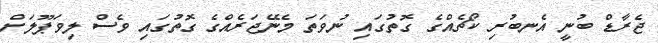
ޖެރާޑް ބުނީ އެނބުރި ކޯޗެއްގެ ގޮތުގައި ނުވަތަ މެނޭޖަރެއްގެ ގޮތުގައި ވެސް ލިވަޕޫލަށް